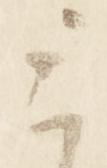
云